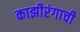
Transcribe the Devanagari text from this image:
काझीरंगाची